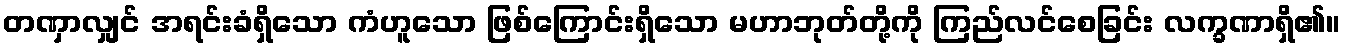
တဏှာလျှင် အရင်းခံရှိသော ကံဟူသော ဖြစ်ကြောင်းရှိသော မဟာဘုတ်တို့ကို ကြည်လင်စေခြင်း လက္ခဏာရှိ၏။